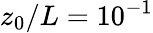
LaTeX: z_{0}/L=10^{-1}